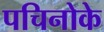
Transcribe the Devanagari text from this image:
पचिनोके